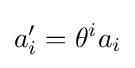
a_{i}'=\theta ^{i}a_{i}